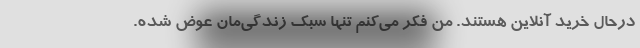
درحال خرید آنلاین هستند. من فکر می‌کنم تنها سبک زندگی‌مان عوض شده.